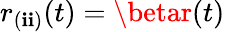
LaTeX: r_{(\mathbf{i}\mathbf{i})}(t)=\betar(t)